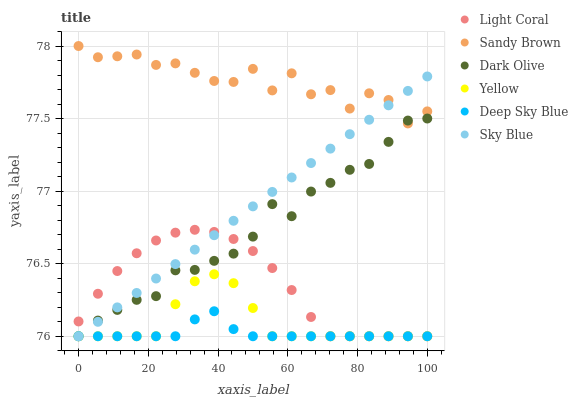
| xaxis_label | Light Coral | Sandy Brown | Dark Olive | Yellow | Deep Sky Blue | Sky Blue |
 | --- | --- | --- | --- | --- | --- | --- |
 | 0 | 76.1 | 78 | 76 | 76 | 76 | 76 |
 | 5.56 | 76.3 | 77.9 | 76.1 | 76 | 76 | 76.1 |
 | 11.1 | 76.4 | 77.9 | 76.2 | 76 | 76 | 76.2 |
 | 16.7 | 76.6 | 77.9 | 76.3 | 76 | 76 | 76.3 |
 | 22.2 | 76.7 | 77.9 | 76.3 | 76 | 76 | 76.4 |
 | 27.8 | 76.7 | 77.9 | 76.5 | 76.2 | 76 | 76.5 |
 | 33.3 | 76.7 | 77.8 | 76.5 | 76.4 | 76.1 | 76.6 |
 | 38.9 | 76.7 | 77.8 | 76.5 | 76.4 | 76.2 | 76.7 |
 | 44.4 | 76.7 | 77.8 | 76.6 | 76.4 | 76 | 76.8 |
 | 50 | 76.6 | 77.8 | 76.7 | 76.2 | 76 | 76.9 |
 | 55.6 | 76.5 | 77.7 | 76.9 | 76 | 76 | 77 |
 | 61.1 | 76.3 | 77.8 | 76.8 | 76 | 76 | 77.1 |
 | 66.7 | 76.1 | 77.7 | 77 | 76 | 76 | 77.2 |
 | 72.2 | 76 | 77.7 | 77.1 | 76 | 76 | 77.3 |
 | 77.8 | 76 | 77.6 | 77.1 | 76 | 76 | 77.4 |
 | 83.3 | 76 | 77.7 | 77.2 | 76 | 76 | 77.5 |
 | 88.9 | 76 | 77.6 | 77.3 | 76 | 76 | 77.6 |
 | 94.4 | 76 | 77.5 | 77.5 | 76 | 76 | 77.7 |
 | 100 | 76 | 77.5 | 77.5 | 76 | 76 | 77.8 |